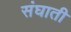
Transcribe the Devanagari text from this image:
संघाती